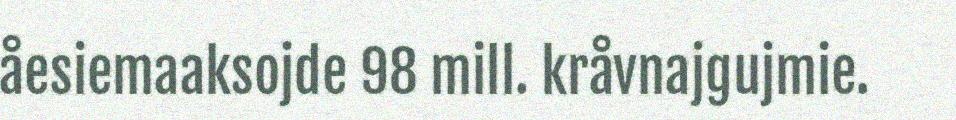
åesiemaaksojde 98 mill. kråvnajgujmie.